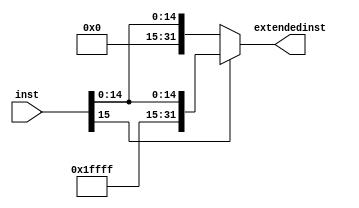
module SIGNEXTEND (
input [15:0] inst ,
output [31:0] extendedinst
);
assign extendedinst = (inst[15] == 1) ? {{(16){1'b1}} , inst} : {{(16){1'b0}} , inst} ;
endmodule